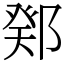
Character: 鄈